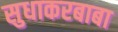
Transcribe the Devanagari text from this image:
सुधाकरबाबा